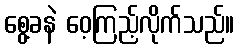
စွေ့ခနဲ ဝေ့ကြည့်လိုက်သည်။